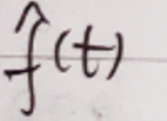
$\hat{f}(t)$